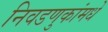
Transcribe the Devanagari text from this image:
निवडणुकांमधे